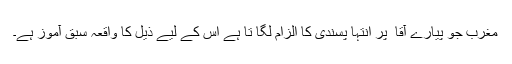
مغرب جو پیارے آقا ۖ پر انتہا پسندی کا الزام لگا تا ہے اُس کے لیے ذیل کا واقعہ سبق آموز ہے۔